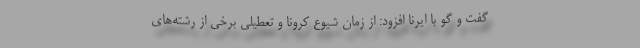
گفت و گو با ایرنا افزود: از زمان شیوع کرونا و تعطیلی برخی از رشته‌های